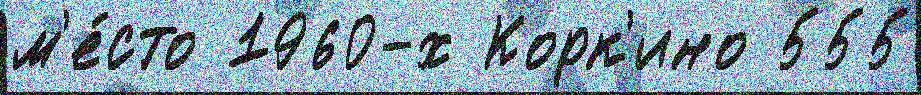
м'е́сто 1960-х Корк'ино 555